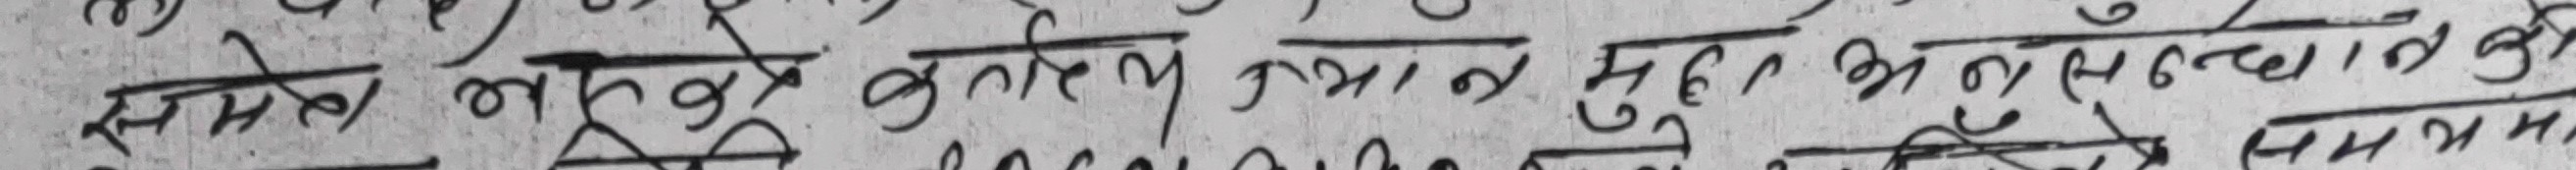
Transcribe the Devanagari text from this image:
समेत ल मुख्य भिन्न श्रद्धा कु